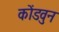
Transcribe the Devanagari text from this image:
कोंडवुन